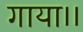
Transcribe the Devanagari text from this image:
गाया।।